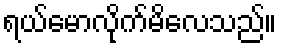
ရယ်မောလိုက်မိလေသည်။